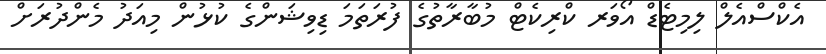
އެކްސްއެލް ލިމިޓެޑް އޯވަރ ކްރިކެޓް މުބާރާތުގެ ފުރަތަމަ ޑިވިޝަންގެ ކުޅުން މިއަދު މެންދުރަށް